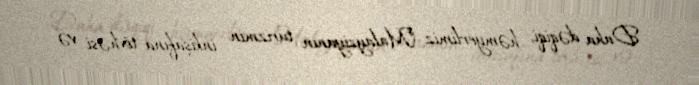
Daha dəqiqi, həmyerlimiz "Malayziyanın turizmin inkişafına tövhəsi və